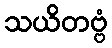
သယိတဗ္ဗံ